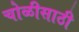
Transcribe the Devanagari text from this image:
चोळीसाठी